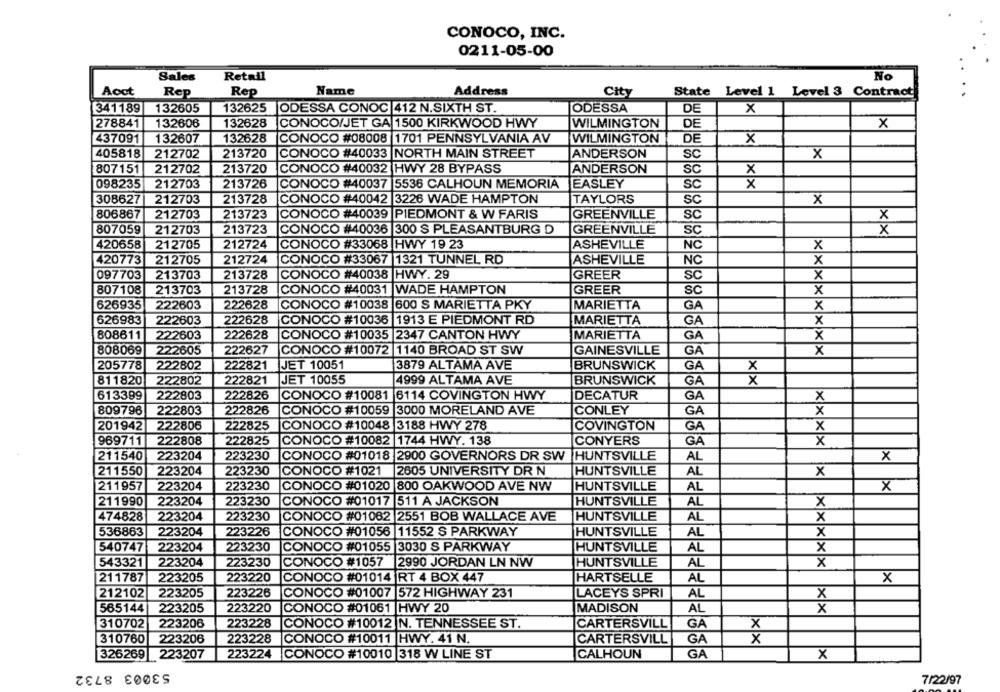
CONOCO, INC.
0211-05-00
No
Sales
Retail
Aoct
Rep
Rep
Name
Address
City
State Level 1 Level 3 Contract
341189
132605
132625
ODESSA CONOC 412 N.SIXTH ST.
ODESSA
DE
X
278841
132606
132628
CONOCO/JET GA 1500 KIRKWOOD HWY
WILMINGTON
DE
X
437091
132607
132628
CONOCO #08008 |1701 PENNSYLVANIA AV
WILMINGTON
DE
x
405818
212702
213720
CONOCO #40033 NORTH MAIN STREET
ANDERSON
SC
x
807151
212702
213720
CONOCO #40032 HWY 28 BYPASS
ANDERSON
SC
x
098235
212703
213726
CONOCO #40037 5536 CALHOUN MEMORIA
EASLEY
SC
x
308627
212703
213728
CONOCO #40042 3226 WADE HAMPTON
TAYLORS
SC
x
806867
212703
213723
CONOCO #40039
PIEDMONT & W FARIS
GREENVILLE
SC
X
GREENVILLE
807059
212703
213723
CONOCO #40036 300 S PLEASANTBURG D
SC
×
420658
212705
212724
CO
#33068 HWY 19 23
ASHEVILLE
NC
X
420773
212705
212724
CON
067
1321 TUNNEL RD
ASHEVILLE
NC
x
097703
213703
213728
CO
#40038
HWY.29
GREER
SC
x
807108
213703
213728
CONOCO #40031 WADE HAMPTON
GREER
SC
x
222603
222628
ON
O #10038
600 S MARIETTA PKY
GA
626935
MARIETTA
x
626983
222603
222628
CONOCO
#10036
1913 E PIEDMONT RD
MARIETTA
GA
x
808611
222603
222628
CONO
#10035 |2347 CANTON HWY
MARIETTA
GA
x
808069
222605
222627
CONOCO #10072 |1140 BROAD ST SW
GAINESVILLE
GA
x
205778
222802
222821
JET 10051
3879 ALTAMA AVE
BRUNSWICK
GA
X
811820
222802
222821
JET 10055
4999 ALTAMA AVE
BRUNSWICK
GA
x
613399
222803
CONOCO #10081 6114 COVINGTON HWY
DECATUR
GA
222826
x
809796
222803
222826
CONOCO #10059
3000 MORELAND AVE
CONLEY
GA
×
201942
222806
222825
CONOCO #10048
3188 HWY 278
COVINGTON
GA
X
969711
222808
222825
COI
O #10082 |1744 HWY. 138
CONYERS
GA
x
211540
223204
223230
CC
#01018 2900 GOVERNORS DR SW HUNTSVILLE
AL
x
211550
223230
C
1021
HUNTSVILLE
AL
223204
2605 UNIVERSITY DR N
x
211957
223204
223230
CONOCO #01020 800 OAKWOOD AVE NW
HUNTSVILLE
AL
x
211990
223204
223230
CONOCO #01017 511 A JACKSON
HUNTSVILLE
AL
X
474828
223204
223230
CONOCO #01062 2551 BOB WALLACE AVE
HUNTSVILLE
AL
x
536863
223204
223226
CONOCO #01056 |11552 S PARKWAY
HUNTSVILLE
AL
x
223230
HUNTSVILLE
AL
540747
223204
CONOCO #01055 3030 S PARKWAY
x
543321
223204
223230
#1057
2990 JORDAN LN NW
HUNTSVILLE
AL
x
211787
223205
223220
CC
O #01014 RT 4 BOX 447
HARTSELLE
AL
X
212102
223205
223226
CONOCO #01007
572 HIGHWAY 231
LACEYS SPRI
AL
x
565144
223205
223220
CONOCO #01061 HWY 20
MADISON
AL
x
310702
223206
223228
CONOCO #10012 N. TENNESSEE ST.
CARTERSVILL
GA
X
310760
223206
223228
CONOCO #10011 HWY. 41 N.
CARTERSVILL
GA
x
326269
223207
223224
CONOCO #10010 318 W LINE ST
CALHOUN
GA
X
53003 8732
7/22/97